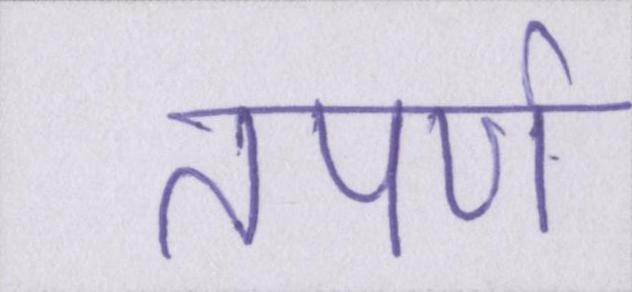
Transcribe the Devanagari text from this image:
तपर्ण